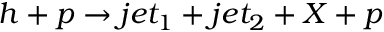
h + p \rightarrow j e t _ { 1 } + j e t _ { 2 } + X + p